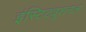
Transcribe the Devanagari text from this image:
इंस्टिट्यूशनल